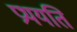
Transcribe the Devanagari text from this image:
प्रथयति